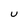
Character: U